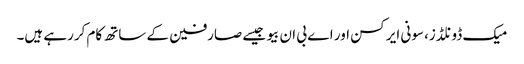
میک ڈونلڈز، سونی ایرکسن اور اے بی ان بیو جیسے صارفین کے ساتھ کام کررہے ہیں۔